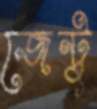
জেন্টু